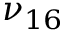
\nu _ { 1 6 }